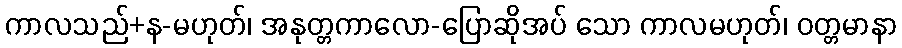
ကာလသည်+န-မဟုတ်၊ အနုတ္တကာလော-ပြောဆိုအပ် သော ကာလမဟုတ်၊ ဝတ္တမာနာ